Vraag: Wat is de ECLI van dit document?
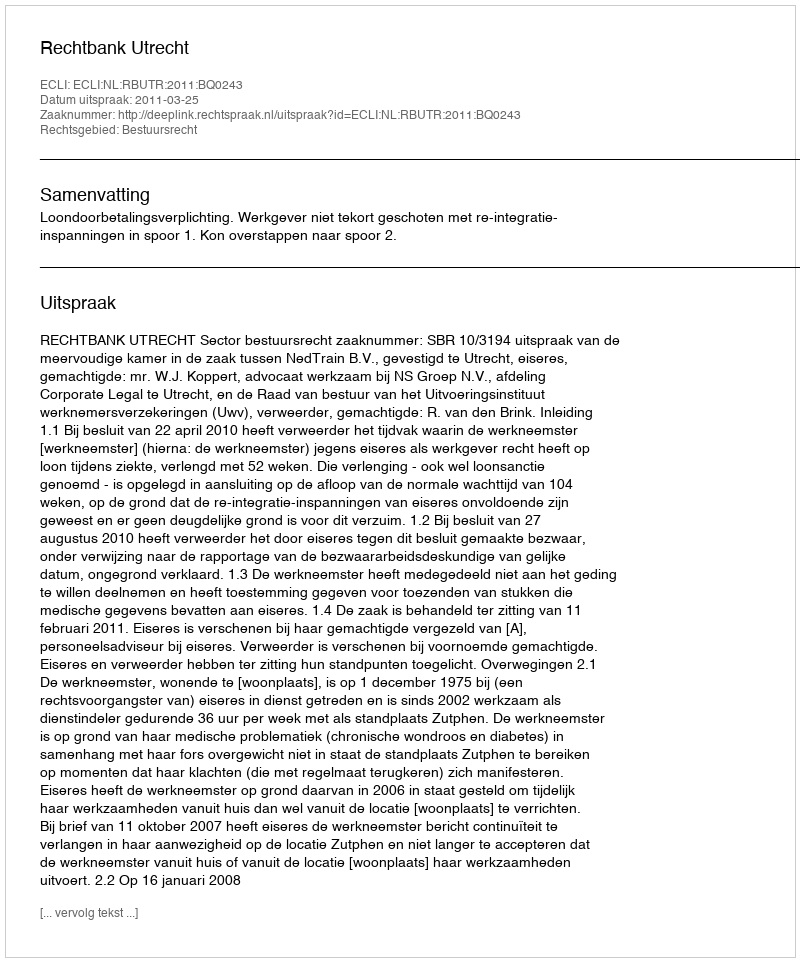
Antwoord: ECLI:NL:RBUTR:2011:BQ0243